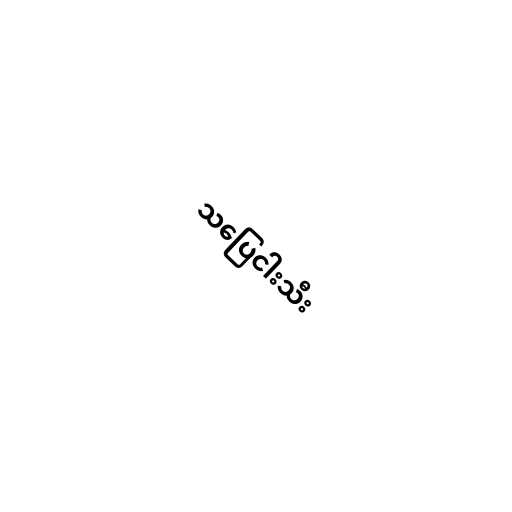
သပြေငါးသီး